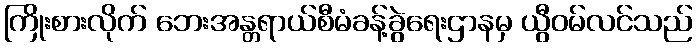
ကြိုးစားလိုက် ဘေးအန္တရာယ်စီမံခန့်ခွဲရေးဌာနမှ ယွီဝမ်လင်သည်